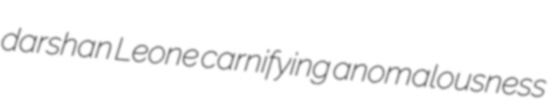
darshan Leone carnifying anomalousness